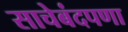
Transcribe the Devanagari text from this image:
साचेबंदपणा